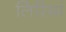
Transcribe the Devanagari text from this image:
लिरियां